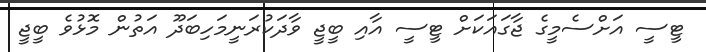
ޓީސީ އަށްސެމީގެ ޖާގައަކަށް ޓީސީ އާއި ބީޖީ ވާދަކުރަނީމަހިބަދޫ އަތުން މޮޅުވެ ބީޖީ